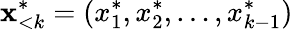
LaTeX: \mathbf{x}_{<k}^{*}=(x_{1}^{*},x_{2}^{*},\ldots,x_{k-1}^{*})